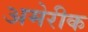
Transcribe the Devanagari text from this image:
अमेरीक